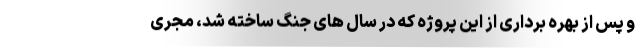
و پس از بهره برداری از این پروژه که در سال های جنگ ساخته شد، مجری